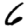
Digit: 6